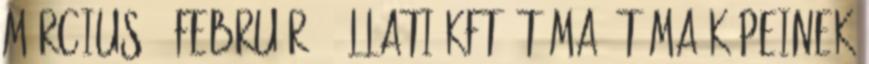
március 4 február 1 Állati kft. téma. Téma képeinek